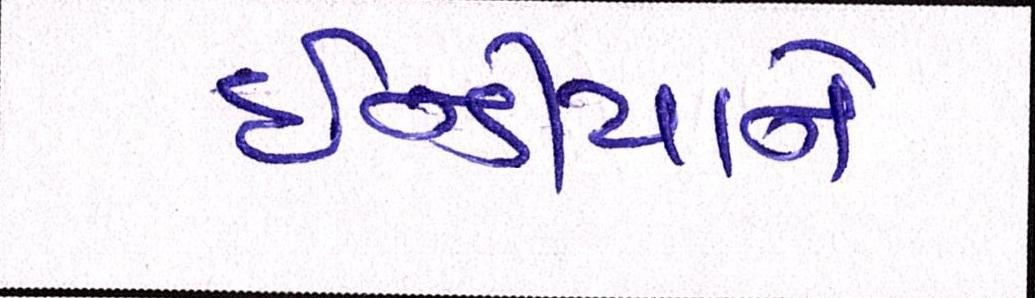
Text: ઈન્ડીયાને